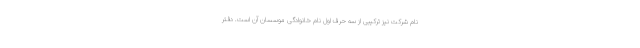
نام شرکت نیز ترکیبی از سه حرف اول نام خانوادگی موسسان آن است. دفتر